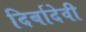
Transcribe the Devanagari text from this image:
दिर्बादेवी